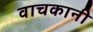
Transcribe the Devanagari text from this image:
वाचकानी